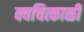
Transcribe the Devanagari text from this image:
क्वचित्काळी